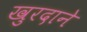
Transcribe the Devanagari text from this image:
खुरदाने